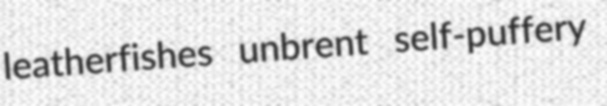
leatherfishes unbrent self-puffery